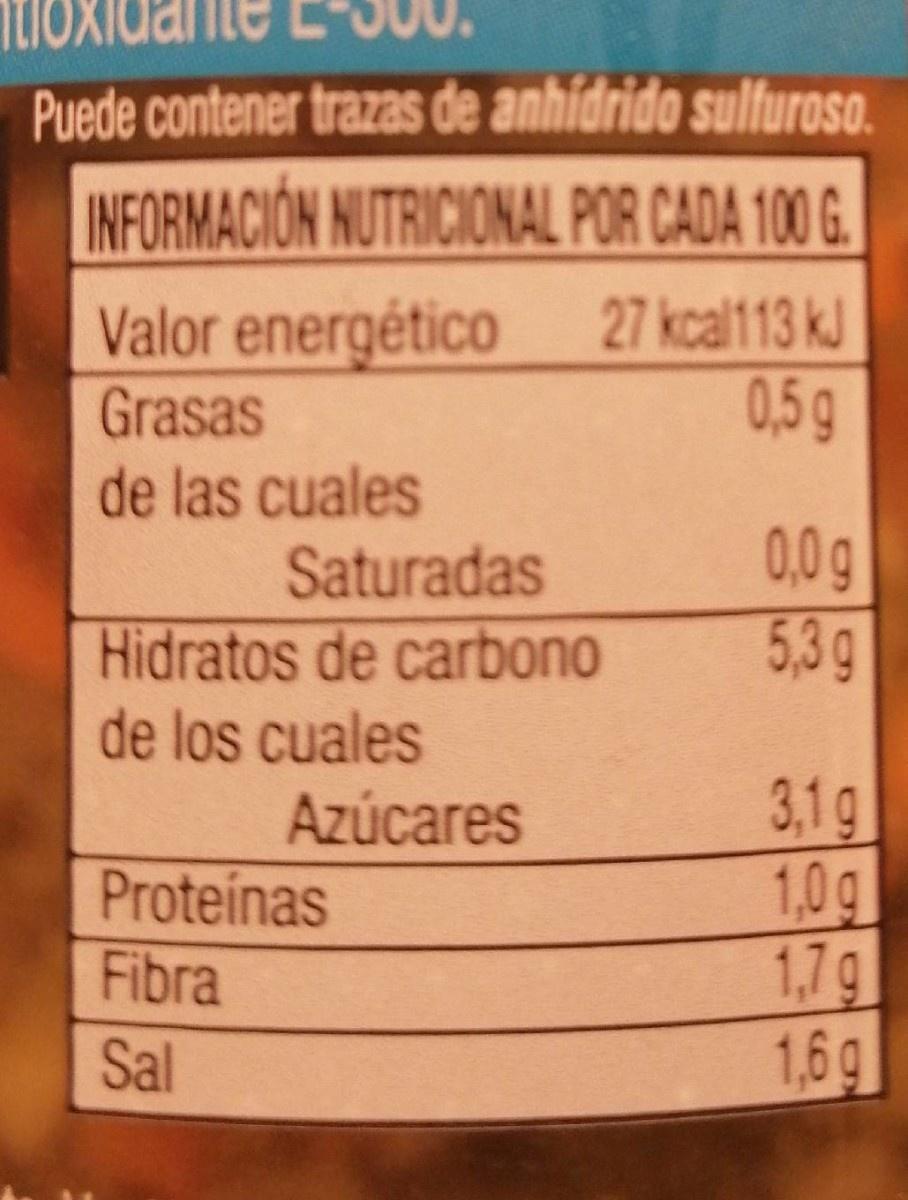
Puede contener trazas de anhídrido sulturoso. INFORMACIÓN NUTRICIONAL POR CADA 100 G.
27 kcal113 kJ
Valor energético Grasas de las cuales Saturadas Hidratos de carbono de los cuales Azúcares
0,5g
0,0g 5,3g
3,1g 1,0g 1,7g 1,6g
Proteínas Fibra
Sal